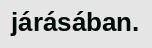
járásában.